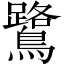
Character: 鷺